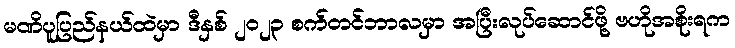
မဏိပူပြည်နယ်ထဲမှာ ဒီနှစ် ၂၀၂၃ စက်တင်ဘာလမှာ အပြီးလုပ်ဆောင်ဖို့ ဗဟိုအစိုးရက